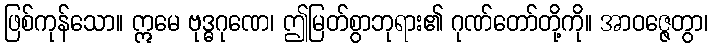
ဖြစ်ကုန်သော။ ဣမေ ဗုဒ္ဓဂုဏေ၊ ဤမြတ်စွာဘုရား၏ ဂုဏ်တော်တို့ကို။ အာဝဇ္ဇေတွာ၊